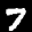
Label: 7